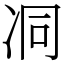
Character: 㓊